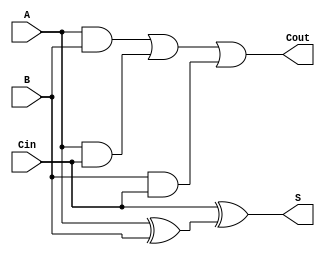
/*--  *******************************************************
--  Computer Architecture Course, Laboratory Sources 
--  Amirkabir University of Technology (Tehran Polytechnic)
--  Department of Computer Engineering (CE-AUT)
--  https://ce[dot]aut[dot]ac[dot]ir
--  *******************************************************
--  All Rights reserved (C) 2020-2021
--  *******************************************************
--  Student ID  : 9833016              9839039
--  Student Name: Amirhossein Poolad & Samin Mahdipour
--  Student Mail: 
--  *******************************************************
--  Additional Comments:
--
--*/

/*-----------------------------------------------------------
---  Module Name: fullAdder
-----------------------------------------------------------*/
`timescale 1ns / 1ps

module full_adder(S, Cout, A, B, Cin);
   output S;
   output Cout;
   input  A;
   input  B;
   input  Cin;
   
   wire   w1;
   wire   w2;
   wire   w3;
   wire   w4;
   
   xor(w1, A, B);
   xor(S, Cin, w1);
   and(w2, A, B);   
   and(w3, A, Cin);
   and(w4, B, Cin);   
   or(Cout, w2, w3, w4);
endmodule